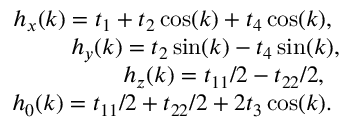
\begin{array} { r l r } & { } & { h _ { x } ( k ) = t _ { 1 } + t _ { 2 } \cos ( k ) + t _ { 4 } \cos ( k ) , ~ ~ ~ ~ } \\ & { } & { h _ { y } ( k ) = t _ { 2 } \sin ( k ) - t _ { 4 } \sin ( k ) , ~ ~ ~ } \\ & { } & { h _ { z } ( k ) = t _ { 1 1 } / 2 - t _ { 2 2 } / 2 , ~ ~ ~ ~ ~ } \\ & { } & { h _ { 0 } ( k ) = t _ { 1 1 } / 2 + t _ { 2 2 } / 2 + 2 t _ { 3 } \cos ( k ) . ~ ~ ~ ~ } \end{array}